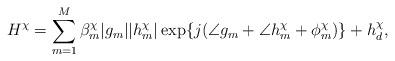
LaTeX: \begin{align*} H^\chi = \sum_{m=1}^M \beta^\chi_m |g_m||h^\chi_m| \exp\{ j(\angle{g_m}+\angle{h^\chi_m+\phi^\chi_m}) \}+h^\chi_d,\end{align*}